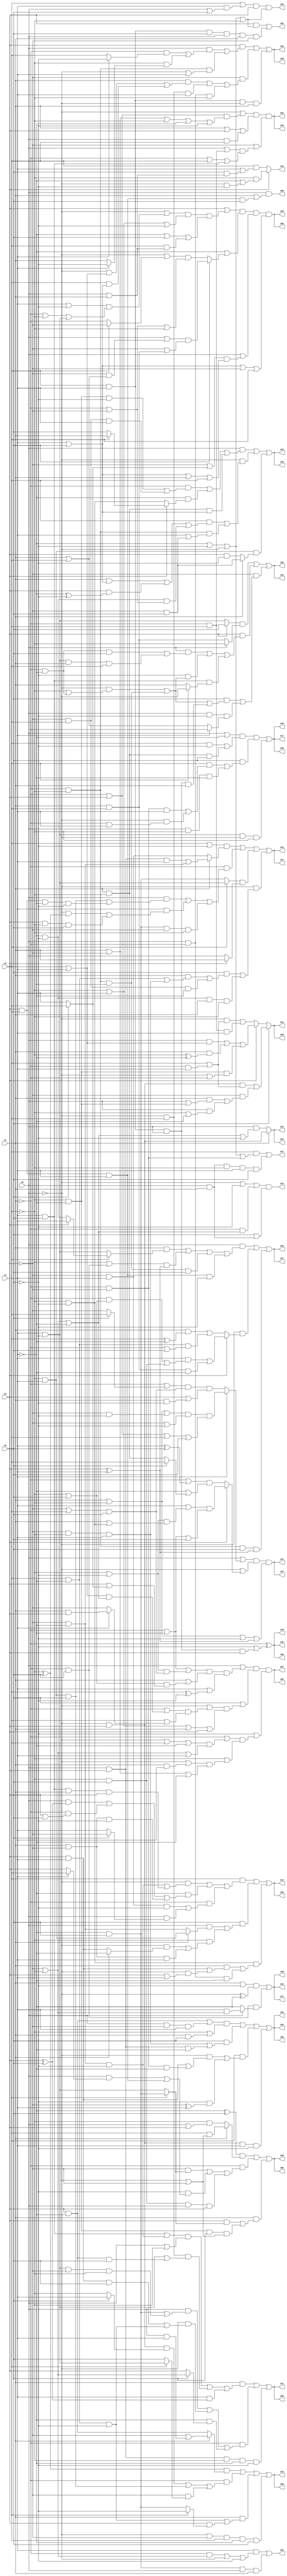
// Benchmark "q_7" written by ABC on Sat Feb 25 04:17:08 2023

module q_7 ( 
    x0, x1, x2, x3, x4, x5,
    z00, z01, z02, z03, z04, z05, z06, z07, z08, z09, z10, z11, z12, z13,
    z14, z15, z16, z17, z18, z19, z20, z21, z22, z23, z24, z25, z26, z27,
    z28, z29, z30, z31, z32, z33, z34, z35, z36, z37, z38, z39, z40, z41,
    z42, z43, z44, z45, z46, z47, z48  );
  input  x0, x1, x2, x3, x4, x5;
  output z00, z01, z02, z03, z04, z05, z06, z07, z08, z09, z10, z11, z12, z13,
    z14, z15, z16, z17, z18, z19, z20, z21, z22, z23, z24, z25, z26, z27,
    z28, z29, z30, z31, z32, z33, z34, z35, z36, z37, z38, z39, z40, z41,
    z42, z43, z44, z45, z46, z47, z48;
  assign z00 = x0 & (x1 | (x2 & x3 & x4 & x5));
  assign z01 = x1 ? (~x0 & x2) : (x0 & (~x2 | ~x3 | ~x4 | ~x5));
  assign z02 = (~x0 | ((~x1 | x2) & (x1 | ~x2 | ~x3 | ~x4 | ~x5))) & (x1 | x2 | (x0 & x3)) & (~x2 | ((x0 | (~x1 & x3)) & (~x1 | x3 | (x4 & x5))));
  assign z03 = (x2 & ((x0 & ((~x1 & (x4 ? ~x5 : x3)) | (~x3 & (x4 ? ~x5 : x1)))) | (~x1 & ~x3 & (~x0 | x4)))) | (~x2 & ((x1 & ((~x0 & (x3 | x4)) | (x3 & (x4 | x5)))) | (~x0 & x3 & x4) | (x0 & ~x1 & ~x3))) | (x3 & x4 & ~x0 & x1);
  assign z04 = (x0 & ((x1 & (x3 ? (x2 ? x4 : (~x4 & ~x5)) : (x4 & ~x5))) | ((~x3 | (~x1 & x5)) & (x2 ^ x4)) | (~x1 & ~x3 & ~x4 & x5) | (x2 & x3 & x4 & ~x5))) | (~x0 & (x2 ? ((x4 & ((~x1 & (~x3 | x5)) | (~x3 & x5))) | (x1 & x3 & ~x4)) : ((x1 & (x3 ^ ~x4)) | (x3 & ~x4 & (~x1 | x5))))) | (~x1 & ~x3 & x5 & (x2 ^ x4));
  assign z05 = ((~x4 ^ x5) & (x1 ? (x3 & (~x0 | ~x2)) : (~x3 & (x0 | x2)))) | (~x1 & ((~x2 & (x3 ? (~x4 & x5) : (x4 & ~x5))) | (~x5 & ((x0 & (x4 ? x3 : x2)) | (x2 & x3 & x4))) | (~x3 & x5 & x0 & x2))) | (x1 & ((x2 & (x3 ? (~x4 & x5) : (x4 & ~x5))) | (~x3 & ~x4 & x5 & (~x0 | ~x2))));
  assign z06 = (x2 | ((~x0 | ((x4 | ~x5) & (~x1 | ~x3 | (x4 & ~x5)))) & (~x3 | x4 | ~x5) & (~x4 | x5 | (x3 & (x0 | x1))))) & (~x4 | (x5 ? ((x0 | (~x2 & (x1 | x3))) & (~x2 | (x1 & x3))) : ((~x0 | (x3 ? ~x2 : ~x1)) & (~x1 | ~x2 | ~x3)))) & (x0 | ((~x2 | (x5 ? x3 : x4)) & (x4 | x5 | x1 | x3))) & (x4 | x5 | ~x2 | x3);
  assign z07 = (x0 | ((~x1 | ~x4 | ((~x3 | ~x5) & (~x2 | x3 | x5))) & (x1 | ((~x3 | x5) & (x2 | (x5 ? x3 : x4)))) & (x4 | (x3 ^ ~x5)))) & (x5 | ((~x0 | ((~x1 | ((x3 | x4) & (~x2 | ~x3 | ~x4))) & (x3 | (x4 ? (x1 & x2) : ~x2)))) & (~x3 | x4 | x1 | x2))) & (~x5 | ((~x1 | ((~x0 | x3 | ~x4) & (~x2 | ~x3 | x4))) & (~x3 | ((~x0 | (x1 & x4)) & (x1 | ~x2 | ~x4)))));
  assign z08 = (x1 & ((((x4 & x5) | (~x2 & ~x4 & ~x5)) & (x0 | ~x3)) | (~x0 & x3 & ((x4 & ~x5) | (x2 & ~x4 & x5))) | (x4 & (x2 ^ x5)))) | (~x1 & ((x0 & ((~x4 & x5) | (x4 & ~x5 & ~x2 & ~x3))) | (~x0 & ((x2 & x4 & x5) | (x3 & ~x4 & ~x5))) | (~x4 & (x5 ? (~x2 | ~x3) : x2)))) | (x0 & x2 & ~x3 & ~x4 & ~x5);
  assign z09 = x5 ? ((~x0 & x2 & (x3 | (~x1 & x4))) | (~x2 & ((x1 & (x0 | (~x3 & ~x4))) | (x0 & (~x3 | ~x4))))) : (x2 ? ((x0 & (x3 | x4)) | (x1 & (~x3 ^ ~x4)) | (~x3 & ~x4 & (~x0 | ~x1))) : ((~x0 & (x3 | (~x1 & x4))) | (~x1 & x3 & x4)));
  assign z10 = (x0 & ((~x1 & ((~x3 & ~x4 & ~x5) | (~x2 & x3 & x4))) | (~x4 & (x2 ? (x3 ? x1 : x5) : (~x3 & ~x5))) | (x1 & ~x3 & (x4 | x5)))) | (~x0 & ((x3 & ((x1 & (x4 | x5)) | (x2 & (~x4 ^ ~x5)) | (~x4 & ~x5 & (~x1 | ~x2)))) | (~x1 & ~x3 & (x4 | (~x2 & x5))))) | (~x3 & x4 & (x1 ? (~x2 & x5) : (x2 & ~x5)));
  assign z11 = ((x3 | ~x5) & (x1 ? ((x0 & x2 & x4) | (~x2 & ~x4)) : (~x2 & x4))) | (~x1 & ((x0 & ((~x3 & x4 & x5) | (x2 & x3 & ~x4 & ~x5))) | (x4 & ((~x0 & (~x3 ^ x5)) | (x2 & ~x3 & x5))) | (~x4 & x5 & ~x2 & ~x3))) | ((x3 ? (x4 & ~x5) : (~x4 & x5)) & (x2 ? x1 : x0)) | (~x0 & ((x5 & ((x1 & ((x3 & ~x4) | (~x2 & ~x3 & x4))) | (~x2 & x3 & ~x4))) | (~x4 & ~x5 & x1 & ~x3)));
  assign z12 = ((x2 ? x5 : (x4 & ~x5)) & (x0 ? ~x3 : (x1 & x3))) | (x2 & ((x0 & ((~x1 & ~x4 & x5) | (x4 & ~x5 & x1 & x3))) | (~x5 & ((~x0 & (~x3 | (~x1 & ~x4))) | (~x1 & ~x3 & ~x4))) | (x4 & x5 & (x3 ? ~x0 : x1)))) | (~x2 & ((x5 & ((~x0 & (~x3 | (~x1 & ~x4))) | (~x1 & ~x3 & ~x4) | (x3 & x4 & x0 & x1))) | (x0 & ~x5 & (x4 ? ~x1 : (x1 | x3)))));
  assign z13 = (x3 & ((~x0 & ((~x2 & ~x4 & ~x5) | (x4 & x5 & x1 & x2))) | (~x4 & ((x0 & (x2 ^ x5)) | (~x1 & (x2 | x5)) | (x1 & ~x2 & ~x5))) | (~x1 & ((~x2 & x4 & ~x5) | (x0 & (x5 ? ~x2 : x4)))))) | (x5 & ((x0 & (x1 ? (~x3 & x4) : (~x2 & ~x4))) | (~x3 & ((~x0 & (x1 ? ~x4 : (x2 & x4))) | (x1 & ~x2 & x4))))) | (~x3 & ~x5 & ((x1 & ((x2 & x4) | (~x0 & (x2 | x4)))) | (x0 & ~x1 & ~x4)));
  assign z14 = (x0 | (x4 ? ((x1 | ~x3 | (~x2 & ~x5)) & (~x2 | ~x5) & (~x1 | x2 | x3 | x5)) : ((~x1 | (x5 ? x3 : ~x2)) & (~x2 | x3 | x5) & (x2 | (x1 & ~x5))))) & (~x0 | (x2 ? ((x4 | ((~x3 | ~x5) & (x1 | (~x3 & ~x5)))) & (~x1 | ~x4 | x5)) : ((~x1 | (x4 ^ x5)) & (~x4 | (x5 ? x3 : (x1 & ~x3)))))) & (x1 | ~x3 | ~x5 | (x2 ^ x4));
  assign z15 = ((~x3 ^ x5) & (x1 ? (~x2 | (x0 & x4)) : (x2 & ~x4))) | (~x1 & ((~x0 & x2 & (x5 ? x4 : ~x3)) | (~x3 & x4 & x5) | (~x2 & (x3 ? (x4 & ~x5) : x5)))) | (x1 & ((x3 & ~x4 & ~x5) | (x2 & (x3 ? ~x5 : (~x4 & x5))))) | (~x0 & ~x2 & x3 & ~x4 & x5);
  assign z16 = (((x2 & ~x4) | (x0 & ~x2 & x4)) & (~x3 | (x1 & x5))) | (x5 & ((~x2 & ~x3 & x4) | (x0 & x2 & ~x4))) | (x3 & ((~x0 & ((x2 & x4) | (~x1 & ~x2 & ~x4))) | (~x5 & (~x2 ^ x4)))) | (~x0 & x2 & x4 & ~x5);
  assign z17 = ((x0 | ~x4) & ((x3 & ~x5) | (x1 & ~x3 & x5))) | (x5 & ((x3 & ((~x1 & ~x2 & x4) | (~x0 & (~x1 | x4)))) | (x0 & ~x3 & ~x4))) | (x4 & ~x5 & ~x0 & ~x3);
  assign z18 = ((x1 | ~x5) & (~x0 ^ ~x4)) | (~x1 & x5 & (x0 ? (x4 & (~x2 | ~x3)) : ~x4));
  assign z19 = ~x1 ^ (~x5 | (x3 & x4 & x0 & x2));
  assign z20 = (x2 & (~x4 | ~x5 | ~x0 | ~x3)) | (x3 & x4 & x5 & x0 & x1 & ~x2);
  assign z21 = (x3 & (~x4 | ~x5 | ~x0 | (~x1 & ~x2))) | (x0 & x1 & ~x3 & x4 & x5);
  assign z22 = (x4 & ((~x1 & (~x2 | ~x3)) | ~x0 | ~x5)) | (~x4 & x5 & x0 & x1);
  assign z23 = (~x0 | ~x5 | (~x1 & (~x2 | ~x3 | ~x4))) & (x5 | (x0 & x1));
  assign z43 = (x3 | (x4 & (x0 | x5))) & x2 & (~x4 | ~x5 | ~x0 | ~x3);
  assign z44 = x2 ? (~x3 & (~x4 | (~x0 & ~x5))) : (x3 & (x4 | (x5 & (x0 | x1))));
  assign z24 = x1 ? (~x0 & x2) : (x0 & (~x2 | ~x3 | ~x4 | ~x5));
  assign z25 = (~x0 | ((~x1 | x2) & (x1 | ~x2 | ~x3 | ~x4 | ~x5))) & (x1 | x2 | (x0 & x3)) & (~x2 | ((x0 | (~x1 & x3)) & (~x1 | x3 | (x4 & x5))));
  assign z26 = (x2 & ((x0 & ((~x1 & (x4 ? ~x5 : x3)) | (~x3 & (x4 ? ~x5 : x1)))) | (~x1 & ~x3 & (~x0 | x4)))) | (~x2 & ((x1 & ((~x0 & (x3 | x4)) | (x3 & (x4 | x5)))) | (~x0 & x3 & x4) | (x0 & ~x1 & ~x3))) | (x3 & x4 & ~x0 & x1);
  assign z27 = (x0 & ((x1 & (x3 ? (x2 ? x4 : (~x4 & ~x5)) : (x4 & ~x5))) | ((~x3 | (~x1 & x5)) & (x2 ^ x4)) | (~x1 & ~x3 & ~x4 & x5) | (x2 & x3 & x4 & ~x5))) | (~x0 & (x2 ? ((x4 & ((~x1 & (~x3 | x5)) | (~x3 & x5))) | (x1 & x3 & ~x4)) : ((x1 & (x3 ^ ~x4)) | (x3 & ~x4 & (~x1 | x5))))) | (~x1 & ~x3 & x5 & (x2 ^ x4));
  assign z28 = ((~x4 ^ x5) & (x1 ? (x3 & (~x0 | ~x2)) : (~x3 & (x0 | x2)))) | (~x1 & ((~x2 & (x3 ? (~x4 & x5) : (x4 & ~x5))) | (~x5 & ((x0 & (x4 ? x3 : x2)) | (x2 & x3 & x4))) | (~x3 & x5 & x0 & x2))) | (x1 & ((x2 & (x3 ? (~x4 & x5) : (x4 & ~x5))) | (~x3 & ~x4 & x5 & (~x0 | ~x2))));
  assign z29 = (x2 | ((~x0 | ((x4 | ~x5) & (~x1 | ~x3 | (x4 & ~x5)))) & (~x3 | x4 | ~x5) & (~x4 | x5 | (x3 & (x0 | x1))))) & (~x4 | (x5 ? ((x0 | (~x2 & (x1 | x3))) & (~x2 | (x1 & x3))) : ((~x0 | (x3 ? ~x2 : ~x1)) & (~x1 | ~x2 | ~x3)))) & (x0 | ((~x2 | (x5 ? x3 : x4)) & (x4 | x5 | x1 | x3))) & (x4 | x5 | ~x2 | x3);
  assign z30 = (x0 | ((~x1 | ~x4 | ((~x3 | ~x5) & (~x2 | x3 | x5))) & (x1 | ((~x3 | x5) & (x2 | (x5 ? x3 : x4)))) & (x4 | (x3 ^ ~x5)))) & (x5 | ((~x0 | ((~x1 | ((x3 | x4) & (~x2 | ~x3 | ~x4))) & (x3 | (x4 ? (x1 & x2) : ~x2)))) & (~x3 | x4 | x1 | x2))) & (~x5 | ((~x1 | ((~x0 | x3 | ~x4) & (~x2 | ~x3 | x4))) & (~x3 | ((~x0 | (x1 & x4)) & (x1 | ~x2 | ~x4)))));
  assign z31 = (x1 & ((((x4 & x5) | (~x2 & ~x4 & ~x5)) & (x0 | ~x3)) | (~x0 & x3 & ((x4 & ~x5) | (x2 & ~x4 & x5))) | (x4 & (x2 ^ x5)))) | (~x1 & ((x0 & ((~x4 & x5) | (x4 & ~x5 & ~x2 & ~x3))) | (~x0 & ((x2 & x4 & x5) | (x3 & ~x4 & ~x5))) | (~x4 & (x5 ? (~x2 | ~x3) : x2)))) | (x0 & x2 & ~x3 & ~x4 & ~x5);
  assign z32 = x5 ? ((~x0 & x2 & (x3 | (~x1 & x4))) | (~x2 & ((x1 & (x0 | (~x3 & ~x4))) | (x0 & (~x3 | ~x4))))) : (x2 ? ((x0 & (x3 | x4)) | (x1 & (~x3 ^ ~x4)) | (~x3 & ~x4 & (~x0 | ~x1))) : ((~x0 & (x3 | (~x1 & x4))) | (~x1 & x3 & x4)));
  assign z33 = (x0 & ((~x1 & ((~x3 & ~x4 & ~x5) | (~x2 & x3 & x4))) | (~x4 & (x2 ? (x3 ? x1 : x5) : (~x3 & ~x5))) | (x1 & ~x3 & (x4 | x5)))) | (~x0 & ((x3 & ((x1 & (x4 | x5)) | (x2 & (~x4 ^ ~x5)) | (~x4 & ~x5 & (~x1 | ~x2)))) | (~x1 & ~x3 & (x4 | (~x2 & x5))))) | (~x3 & x4 & (x1 ? (~x2 & x5) : (x2 & ~x5)));
  assign z34 = ((x3 | ~x5) & (x1 ? ((x0 & x2 & x4) | (~x2 & ~x4)) : (~x2 & x4))) | (~x1 & ((x0 & ((~x3 & x4 & x5) | (x2 & x3 & ~x4 & ~x5))) | (x4 & ((~x0 & (~x3 ^ x5)) | (x2 & ~x3 & x5))) | (~x4 & x5 & ~x2 & ~x3))) | ((x3 ? (x4 & ~x5) : (~x4 & x5)) & (x2 ? x1 : x0)) | (~x0 & ((x5 & ((x1 & ((x3 & ~x4) | (~x2 & ~x3 & x4))) | (~x2 & x3 & ~x4))) | (~x4 & ~x5 & x1 & ~x3)));
  assign z35 = ((x2 ? x5 : (x4 & ~x5)) & (x0 ? ~x3 : (x1 & x3))) | (x2 & ((x0 & ((~x1 & ~x4 & x5) | (x4 & ~x5 & x1 & x3))) | (~x5 & ((~x0 & (~x3 | (~x1 & ~x4))) | (~x1 & ~x3 & ~x4))) | (x4 & x5 & (x3 ? ~x0 : x1)))) | (~x2 & ((x5 & ((~x0 & (~x3 | (~x1 & ~x4))) | (~x1 & ~x3 & ~x4) | (x3 & x4 & x0 & x1))) | (x0 & ~x5 & (x4 ? ~x1 : (x1 | x3)))));
  assign z36 = (x3 & ((~x0 & ((~x2 & ~x4 & ~x5) | (x4 & x5 & x1 & x2))) | (~x4 & ((x0 & (x2 ^ x5)) | (~x1 & (x2 | x5)) | (x1 & ~x2 & ~x5))) | (~x1 & ((~x2 & x4 & ~x5) | (x0 & (x5 ? ~x2 : x4)))))) | (x5 & ((x0 & (x1 ? (~x3 & x4) : (~x2 & ~x4))) | (~x3 & ((~x0 & (x1 ? ~x4 : (x2 & x4))) | (x1 & ~x2 & x4))))) | (~x3 & ~x5 & ((x1 & ((x2 & x4) | (~x0 & (x2 | x4)))) | (x0 & ~x1 & ~x4)));
  assign z37 = (x0 | (x4 ? ((x1 | ~x3 | (~x2 & ~x5)) & (~x2 | ~x5) & (~x1 | x2 | x3 | x5)) : ((~x1 | (x5 ? x3 : ~x2)) & (~x2 | x3 | x5) & (x2 | (x1 & ~x5))))) & (~x0 | (x2 ? ((x4 | ((~x3 | ~x5) & (x1 | (~x3 & ~x5)))) & (~x1 | ~x4 | x5)) : ((~x1 | (x4 ^ x5)) & (~x4 | (x5 ? x3 : (x1 & ~x3)))))) & (x1 | ~x3 | ~x5 | (x2 ^ x4));
  assign z38 = ((~x3 ^ x5) & (x1 ? (~x2 | (x0 & x4)) : (x2 & ~x4))) | (~x1 & ((~x0 & x2 & (x5 ? x4 : ~x3)) | (~x3 & x4 & x5) | (~x2 & (x3 ? (x4 & ~x5) : x5)))) | (x1 & ((x3 & ~x4 & ~x5) | (x2 & (x3 ? ~x5 : (~x4 & x5))))) | (~x0 & ~x2 & x3 & ~x4 & x5);
  assign z39 = (((x2 & ~x4) | (x0 & ~x2 & x4)) & (~x3 | (x1 & x5))) | (x5 & ((~x2 & ~x3 & x4) | (x0 & x2 & ~x4))) | (x3 & ((~x0 & ((x2 & x4) | (~x1 & ~x2 & ~x4))) | (~x5 & (~x2 ^ x4)))) | (~x0 & x2 & x4 & ~x5);
  assign z40 = ((x0 | ~x4) & ((x3 & ~x5) | (x1 & ~x3 & x5))) | (x5 & ((x3 & ((~x1 & ~x2 & x4) | (~x0 & (~x1 | x4)))) | (x0 & ~x3 & ~x4))) | (x4 & ~x5 & ~x0 & ~x3);
  assign z41 = ((x1 | ~x5) & (~x0 ^ ~x4)) | (~x1 & x5 & (x0 ? (x4 & (~x2 | ~x3)) : ~x4));
  assign z42 = ~x1 ^ (~x5 | (x3 & x4 & x0 & x2));
  assign z45 = (((x2 & ~x4) | (x0 & ~x2 & x4)) & (~x3 | (x1 & x5))) | (x5 & ((~x2 & ~x3 & x4) | (x0 & x2 & ~x4))) | (x3 & ((~x0 & ((x2 & x4) | (~x1 & ~x2 & ~x4))) | (~x5 & (~x2 ^ x4)))) | (~x0 & x2 & x4 & ~x5);
  assign z46 = ((x0 | ~x4) & ((x3 & ~x5) | (x1 & ~x3 & x5))) | (x5 & ((x3 & ((~x1 & ~x2 & x4) | (~x0 & (~x1 | x4)))) | (x0 & ~x3 & ~x4))) | (x4 & ~x5 & ~x0 & ~x3);
  assign z47 = ((x1 | ~x5) & (~x0 ^ ~x4)) | (~x1 & x5 & (x0 ? (x4 & (~x2 | ~x3)) : ~x4));
  assign z48 = ~x1 ^ (~x5 | (x3 & x4 & x0 & x2));
endmodule